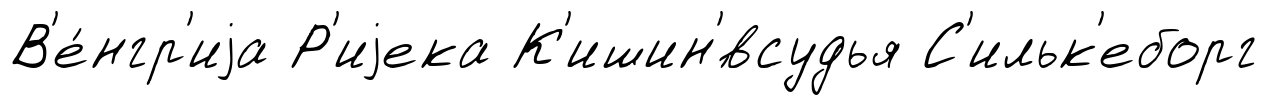
В'е́нгр'иjа Р'иjека К'ишин'́всудья С'ильк'еборг